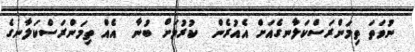
ނުވަތަ ތިމަންރަސްކަލާނގެއަށް އެއުރެން  ކުރުމަށް ބުނާ  އެއް ތިމަންރަސްކަލާނގެ